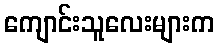
ကျောင်းသူလေးများက